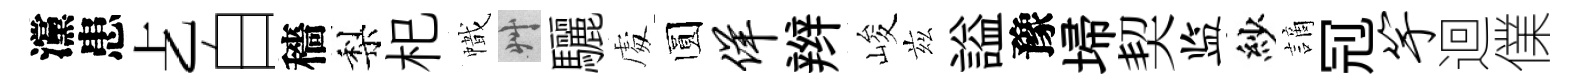
灙患𠧒白穡梨𣏌幟艸驪䖏圆佯辫峻兹謚豫埽契监紗謫𠜍竽迴㒒